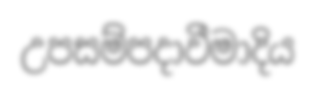
උපසම්පදාවීමාදිය